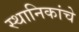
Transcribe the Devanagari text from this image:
स्थानिकांचे